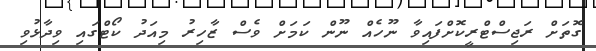
ގޮތަށް ރަޖިސްޓްރީކޮށްފައިވާ ނޫހެއް ނޫން ކަމަށް ވެސް ޒާހިރު މިއަދު ކޯޓްގައި ވިދާޅުވި